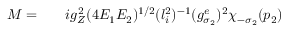
\begin{array} { r l r } { { \cal M } = } & { { } } & { i g _ { Z } ^ { 2 } ( 4 E _ { 1 } E _ { 2 } ) ^ { 1 / 2 } ( l _ { i } ^ { 2 } ) ^ { - 1 } ( g _ { \sigma _ { 2 } } ^ { e } ) ^ { 2 } \chi _ { - \sigma _ { 2 } } ( p _ { 2 } ) } \end{array}